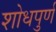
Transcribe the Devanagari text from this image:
शोधपुर्ण